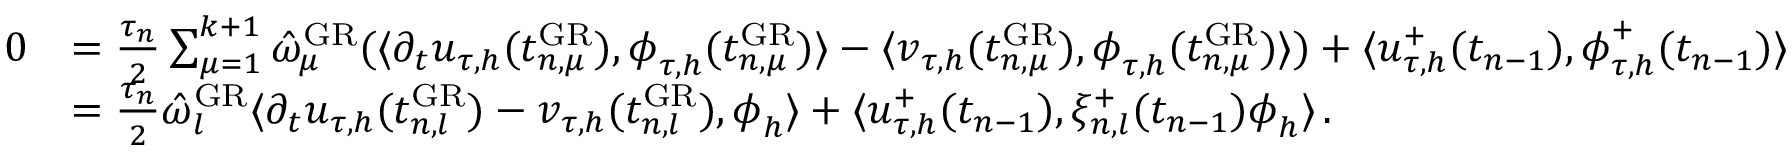
\begin{array} { r l } { 0 } & { = \frac { \tau _ { n } } { 2 } \sum _ { \mu = 1 } ^ { k + 1 } \hat { \omega } _ { \mu } ^ { \mathrm { G R } } ( \langle \partial _ { t } \boldsymbol u _ { \tau , h } ( t _ { n , \mu } ^ { \mathrm { G R } } ) , \boldsymbol \phi _ { \tau , h } ( t _ { n , \mu } ^ { \mathrm { G R } } ) \rangle - \langle \boldsymbol v _ { \tau , h } ( t _ { n , \mu } ^ { \mathrm { G R } } ) , \boldsymbol \phi _ { \tau , h } ( t _ { n , \mu } ^ { \mathrm { G R } } ) \rangle ) + \langle \boldsymbol u _ { \tau , h } ^ { + } ( t _ { n - 1 } ) , \boldsymbol \phi _ { \tau , h } ^ { + } ( t _ { n - 1 } ) \rangle } \\ & { = \frac { \tau _ { n } } { 2 } \hat { \omega } _ { l } ^ { \mathrm { G R } } \langle \partial _ { t } \boldsymbol u _ { \tau , h } ( t _ { n , l } ^ { \mathrm { G R } } ) - \boldsymbol v _ { \tau , h } ( t _ { n , l } ^ { \mathrm { G R } } ) , \boldsymbol \phi _ { h } \rangle + \langle \boldsymbol u _ { \tau , h } ^ { + } ( t _ { n - 1 } ) , \xi _ { n , l } ^ { + } ( t _ { n - 1 } ) \boldsymbol \phi _ { h } \rangle \, . } \end{array}